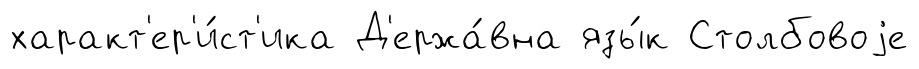
характ'ер'и́ст'ика Д'ержа́вна язы́к Столбовоjе